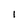
Character: 1